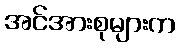
အင်အားစုများက